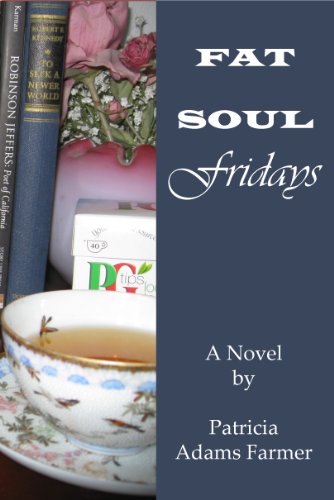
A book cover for Fat Soul Fridays; Patricia Adams Farmer; Christian Books & Bibles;